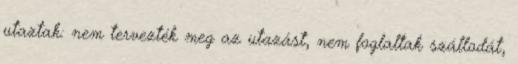
utaztak: nem tervezték meg az utazást, nem foglaltak szállodát,